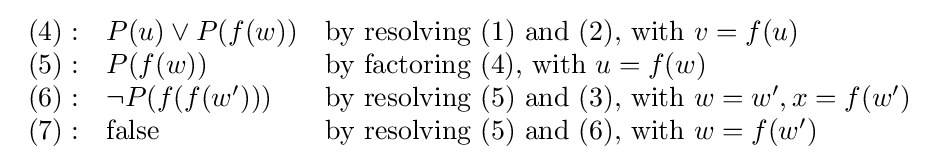
{\begin{array}{rll}(4):&P(u)\lor P(f(w))&{\text{by resolving (1) and (2), with }}v=f(u)\\(5):&P(f(w))&{\text{by factoring (4), with }}u=f(w)\\(6):&\lnot P(f(f(w')))&{\text{by resolving (5) and (3), with }}w=w',x=f(w')\\(7):&{\text{false}}&{\text{by resolving (5) and (6), with }}w=f(w')\\\end{array}}